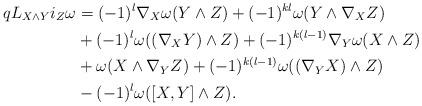
LaTeX: \begin{align*}qL_{X\wedge Y} i_Z\omega&=(-1)^{l}\nabla_X\omega(Y\wedge Z)+(-1)^{kl}\omega(Y\wedge \nabla_X Z)\\&+(-1)^{l}\omega((\nabla_X Y)\wedge Z)+(-1)^{k(l-1)}\nabla_Y\omega(X\wedge Z)\\&+\omega(X\wedge \nabla_YZ)+(-1)^{k(l-1)}\omega((\nabla_Y X)\wedge Z)\\&-(-1)^l\omega([X,Y]\wedge Z).\end{align*}